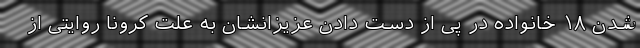
شدن ۱۸ خانواده در پی از دست دادن عزیزانشان به علت کرونا روایتی از